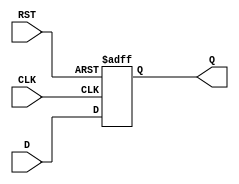
module synchronous_register (
    input wire D,        // Data input
    input wire CLK,      // Clock input
    input wire RST,      // Reset input
    output reg Q         // Data output
);

// Always block triggered on the rising edge of CLK
always @(posedge CLK or posedge RST) begin
    if (RST) begin
        Q <= 1'b0;      // Asynchronous reset: clear output to 0
    end else begin
        Q <= D;         // On clock edge, update Q with the value of D
    end
end

endmodule